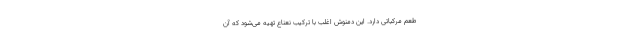
طعم مرکباتی دارد. این دمنوش اغلب با ترکیب نعناع تهیه می‌شود که آن